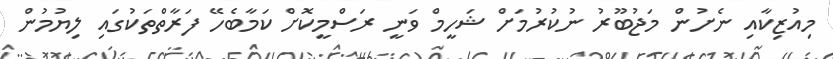
މިއުޒިކާއި ނެށުން މަޖުބޫރު ނުކުރުމަށް ޝަހީމް ވަނީ ރަސްމީކޮށް ކަމާބެހޭ ފަރާތްތަކުގައި ލިޔުމުން